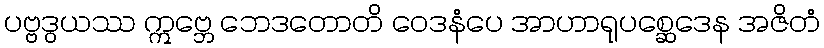
ပဗ္ဗဒွယဿ ဣဗ္ဘေ ဘေဒတောတိ ဝေဒနံပေ အာဟာရုပစ္ဆေဒေန အဇိတံ